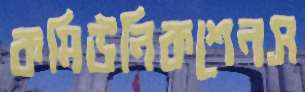
কমিউনিকশেনস